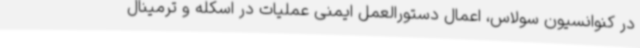
در کنوانسیون سولاس، اعمال دستورالعمل ایمنی عملیات در اسکله و ترمینال